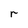
Character: r